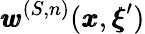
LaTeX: {\pmb w}^{(S,n)}({\pmb x},{\pmb\xi}^{\prime})